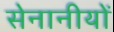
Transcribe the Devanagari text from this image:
सेनानीयों